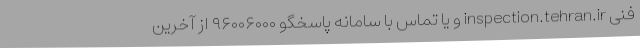
فنی inspection.tehran.ir و یا تماس با سامانه پاسخگو ۹۶۰۰۶۰۰۰ از آخرین